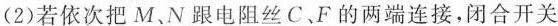
(2)若依次把M、N跟电阻丝C、F的两端连接，闭合开关